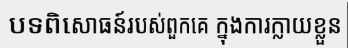
បទពិសោធន៍របស់ពួកគេ ក្នុងការក្លាយខ្លួន